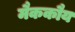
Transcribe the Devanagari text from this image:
मैककौय